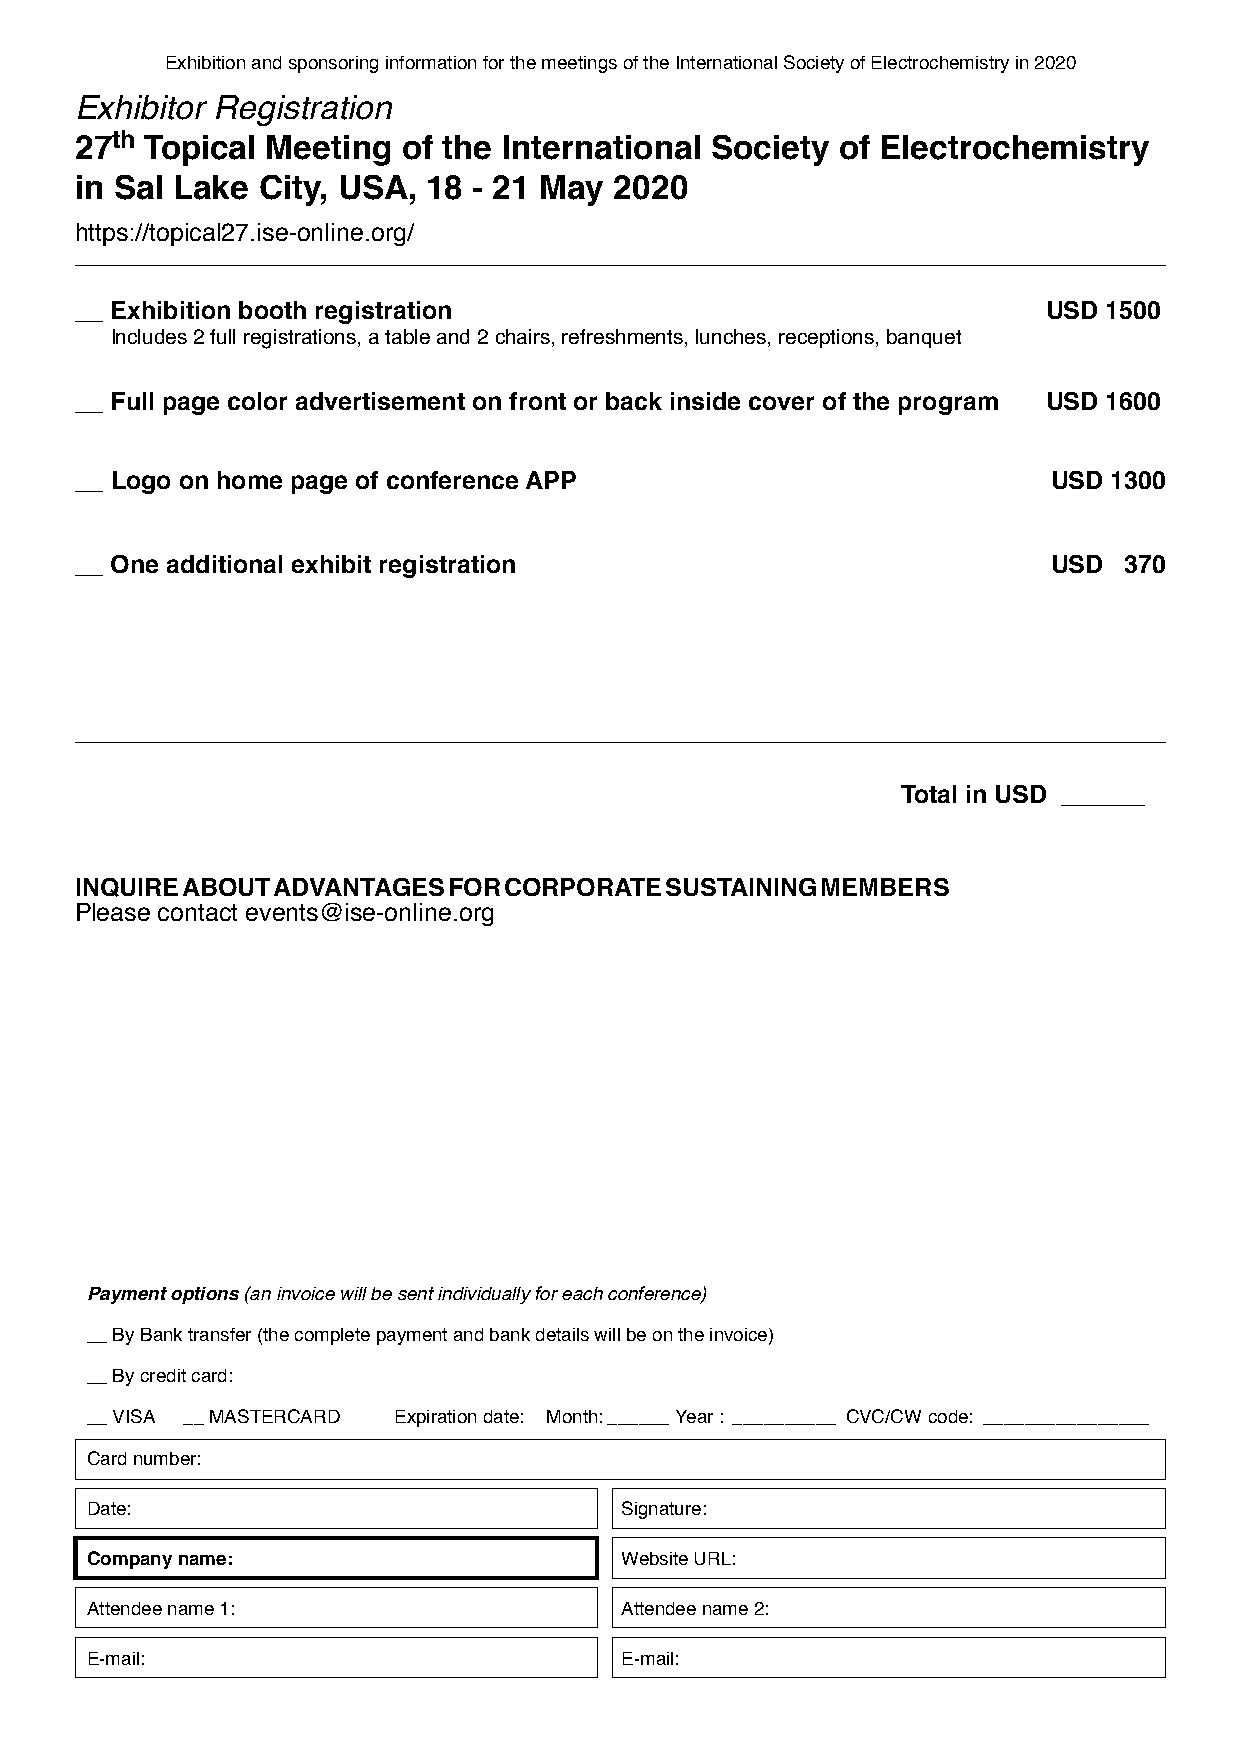
Exhibition and sponsoring information for the meetings of the International Society of Electrochemistry in 2020
 Exhibitor Registration
 th
 27  Topical  Meeting  of the International Society of Electrochemistry
 in Sal Lake City, USA, 18 - 21 May  2020
 https://topical27.ise-online.org/
 __ Exhibition booth registration                                USD 1500
 Includes 2 full registrations, a table and 2 chairs, refreshments, lunches, receptions, banquet
 __ Full page color advertisement on front or back inside cover of the program USD 1600
 __ Logo on home page of conference APP                           USD 1300
 __ One additional exhibit registration                           USD 370
 Total in USD ______
 INQUIRE ABOUT ADVANTAGES FOR CORPORATE SUSTAINING MEMBERS
 Please contact events@ise-online.org
 Payment options (an invoice will be sent individually for each conference)
 __ By Bank transfer (the complete payment and bank details will be on the invoice)
 __ By credit card:
 __ VISA __ MASTERCARD Expiration date: Month: ______Year : __________ CVC/CW code: ________________
 Card number:
 Date:                              Signature:
 Company name:                      Website URL:
 Attendee name 1:                   Attendee name 2:
 E-mail:                            E-mail: